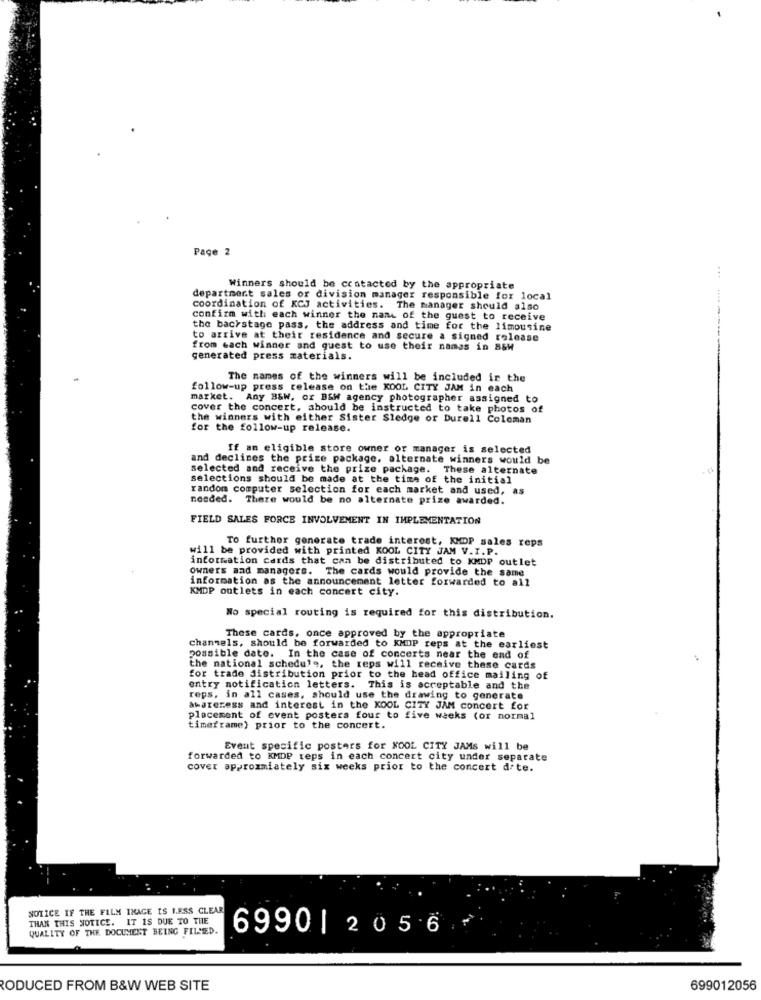
Page
Winners should be contacted by the appropriate
department sales or division manager responsible for local
coordination of KCJ activities. The manager should also
confirm with each winner the name of the guest to receive
the backstage pass, the address and time for the limousine
to arrive at their residence and secure a signed release
---------
from each winner and guest to use their names in B&W
generated press materials.
The names of the winners will be included in the
follow-up press release on the KOOL CITY JAM in each
market. Any B&W, or BSW agency photographer assigned to
cover the concert, should be instructed to take photos of
the winners with either Sister Sledge or Durell Coleman
for the follow-up release.
If an eligible store owner or manager is selected
and declines the prize package, alternate winners would be
selected and receive the prize package. These alternate
selections should be made at the time of the initial
random computer selection for each market and used, as
needed. There would be no alternate prize awarded.
FIELD SALES FORCE INVOLVEMENT IN IMPLEMENTATION
To further generate trade interest, KMDP sales reps
will be provided with printed KOOL CITY JAM V. I.P.
information cards that can be distributed to KMDP outlet
owners and managers. The cards would provide the same
information as the announcement letter forwarded to all
KMDP outlets in each concert city.
No special routing is required for this distribution.
These cards, once approved by the appropriate
channels, should be forwarded to KMDP reps at the earliest
possible date. In the case of concerts near the end of
the national schedule, the reps will receive these cards
for trade distribution prior to the head office mailing of
entry notification letters. This is acceptable and the
reps, in all cases, should use the drawing to generate
awareness and interest in the KOOL CITY JAM concert for
placement of event posters four to five weeks (or normal
timeframe) prior to the concert.
Event specific posters for NOOL CITY JAMS will be
forwarded to KMDP reps in each concert city under separate
cover approxmiately six weeks prior to the concert dite.
NOTICE IF THE FILM IMAGE IS LESS CLEAR
THAN THIS NOTICE. IT IS DUE TO THE
QUALITY OF THE DOCUMENT BEING FILMED.
6990| 2056
RODUCED FROM B&W WEB SITE
699012056